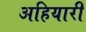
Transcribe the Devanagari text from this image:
अहियारी